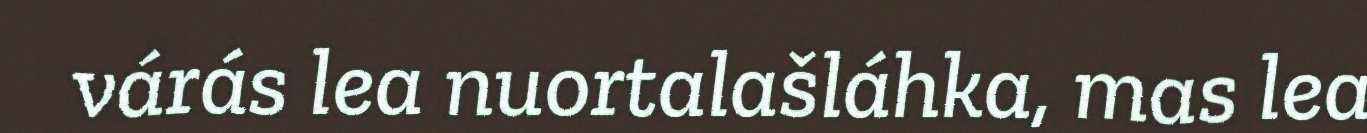
várás lea nuortalašláhka, mas lea